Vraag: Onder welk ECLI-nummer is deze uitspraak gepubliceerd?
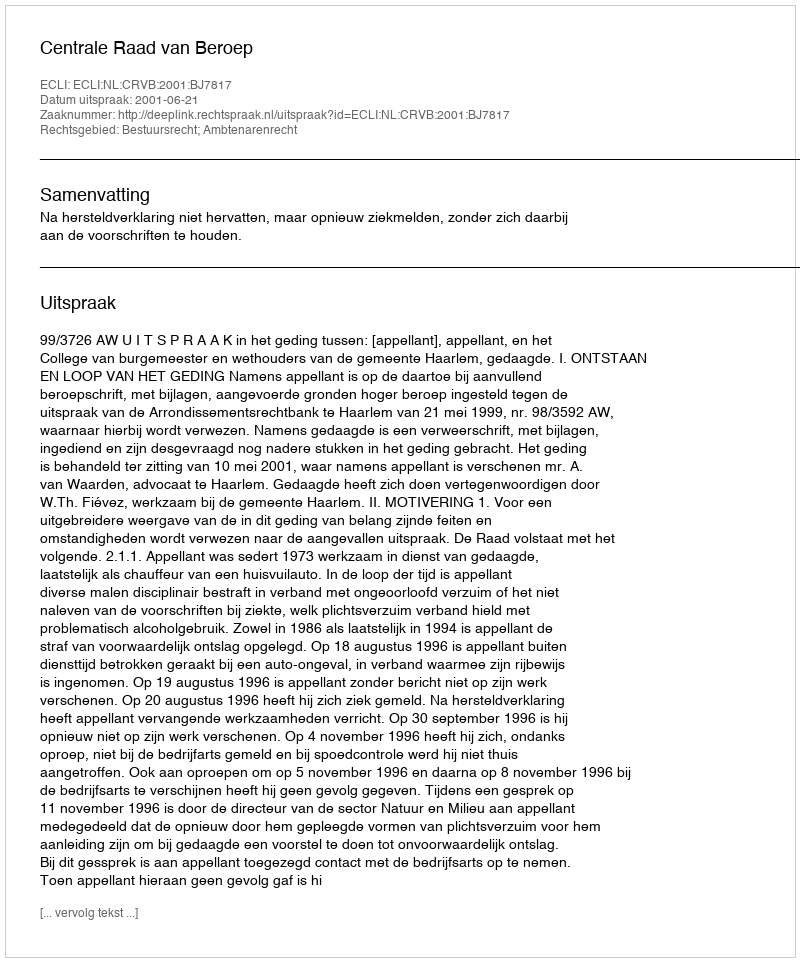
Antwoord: ECLI:NL:CRVB:2001:BJ7817